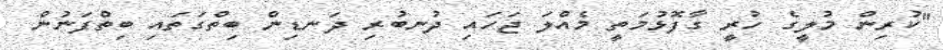
"ކުރިން މުލީގެ ހުރީ ގާފޮޅުމަތީ މެއްލަ ޖަހައި ދުނބުރި ދަނޑިން ބިތްގަތައި ބިތްފަނުން